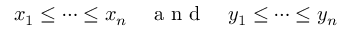
x _ { 1 } \leq \cdots \leq x _ { n } \quad \mathrm { ~ a ~ n ~ d ~ } \quad y _ { 1 } \leq \cdots \leq y _ { n }